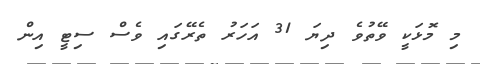
މި މޮޅަކީ ވޭތުވެ ދިޔަ 31 އަހަރު ތެރޭގައި ވެސް ސިޓީ އިން